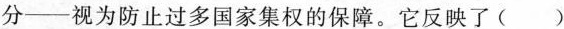
分——视为防止过多国家集权的保障。它反映了( )